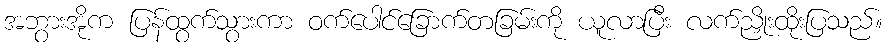
အဘွားအိုက ပြန်ထွက်သွားကာ ဝက်ပေါင်ခြောက်တခြမ်းကို ယူလာပြီး လက်ညှိုးထိုးပြသည်။